kultuurilooline_kollektsioon, lk 48
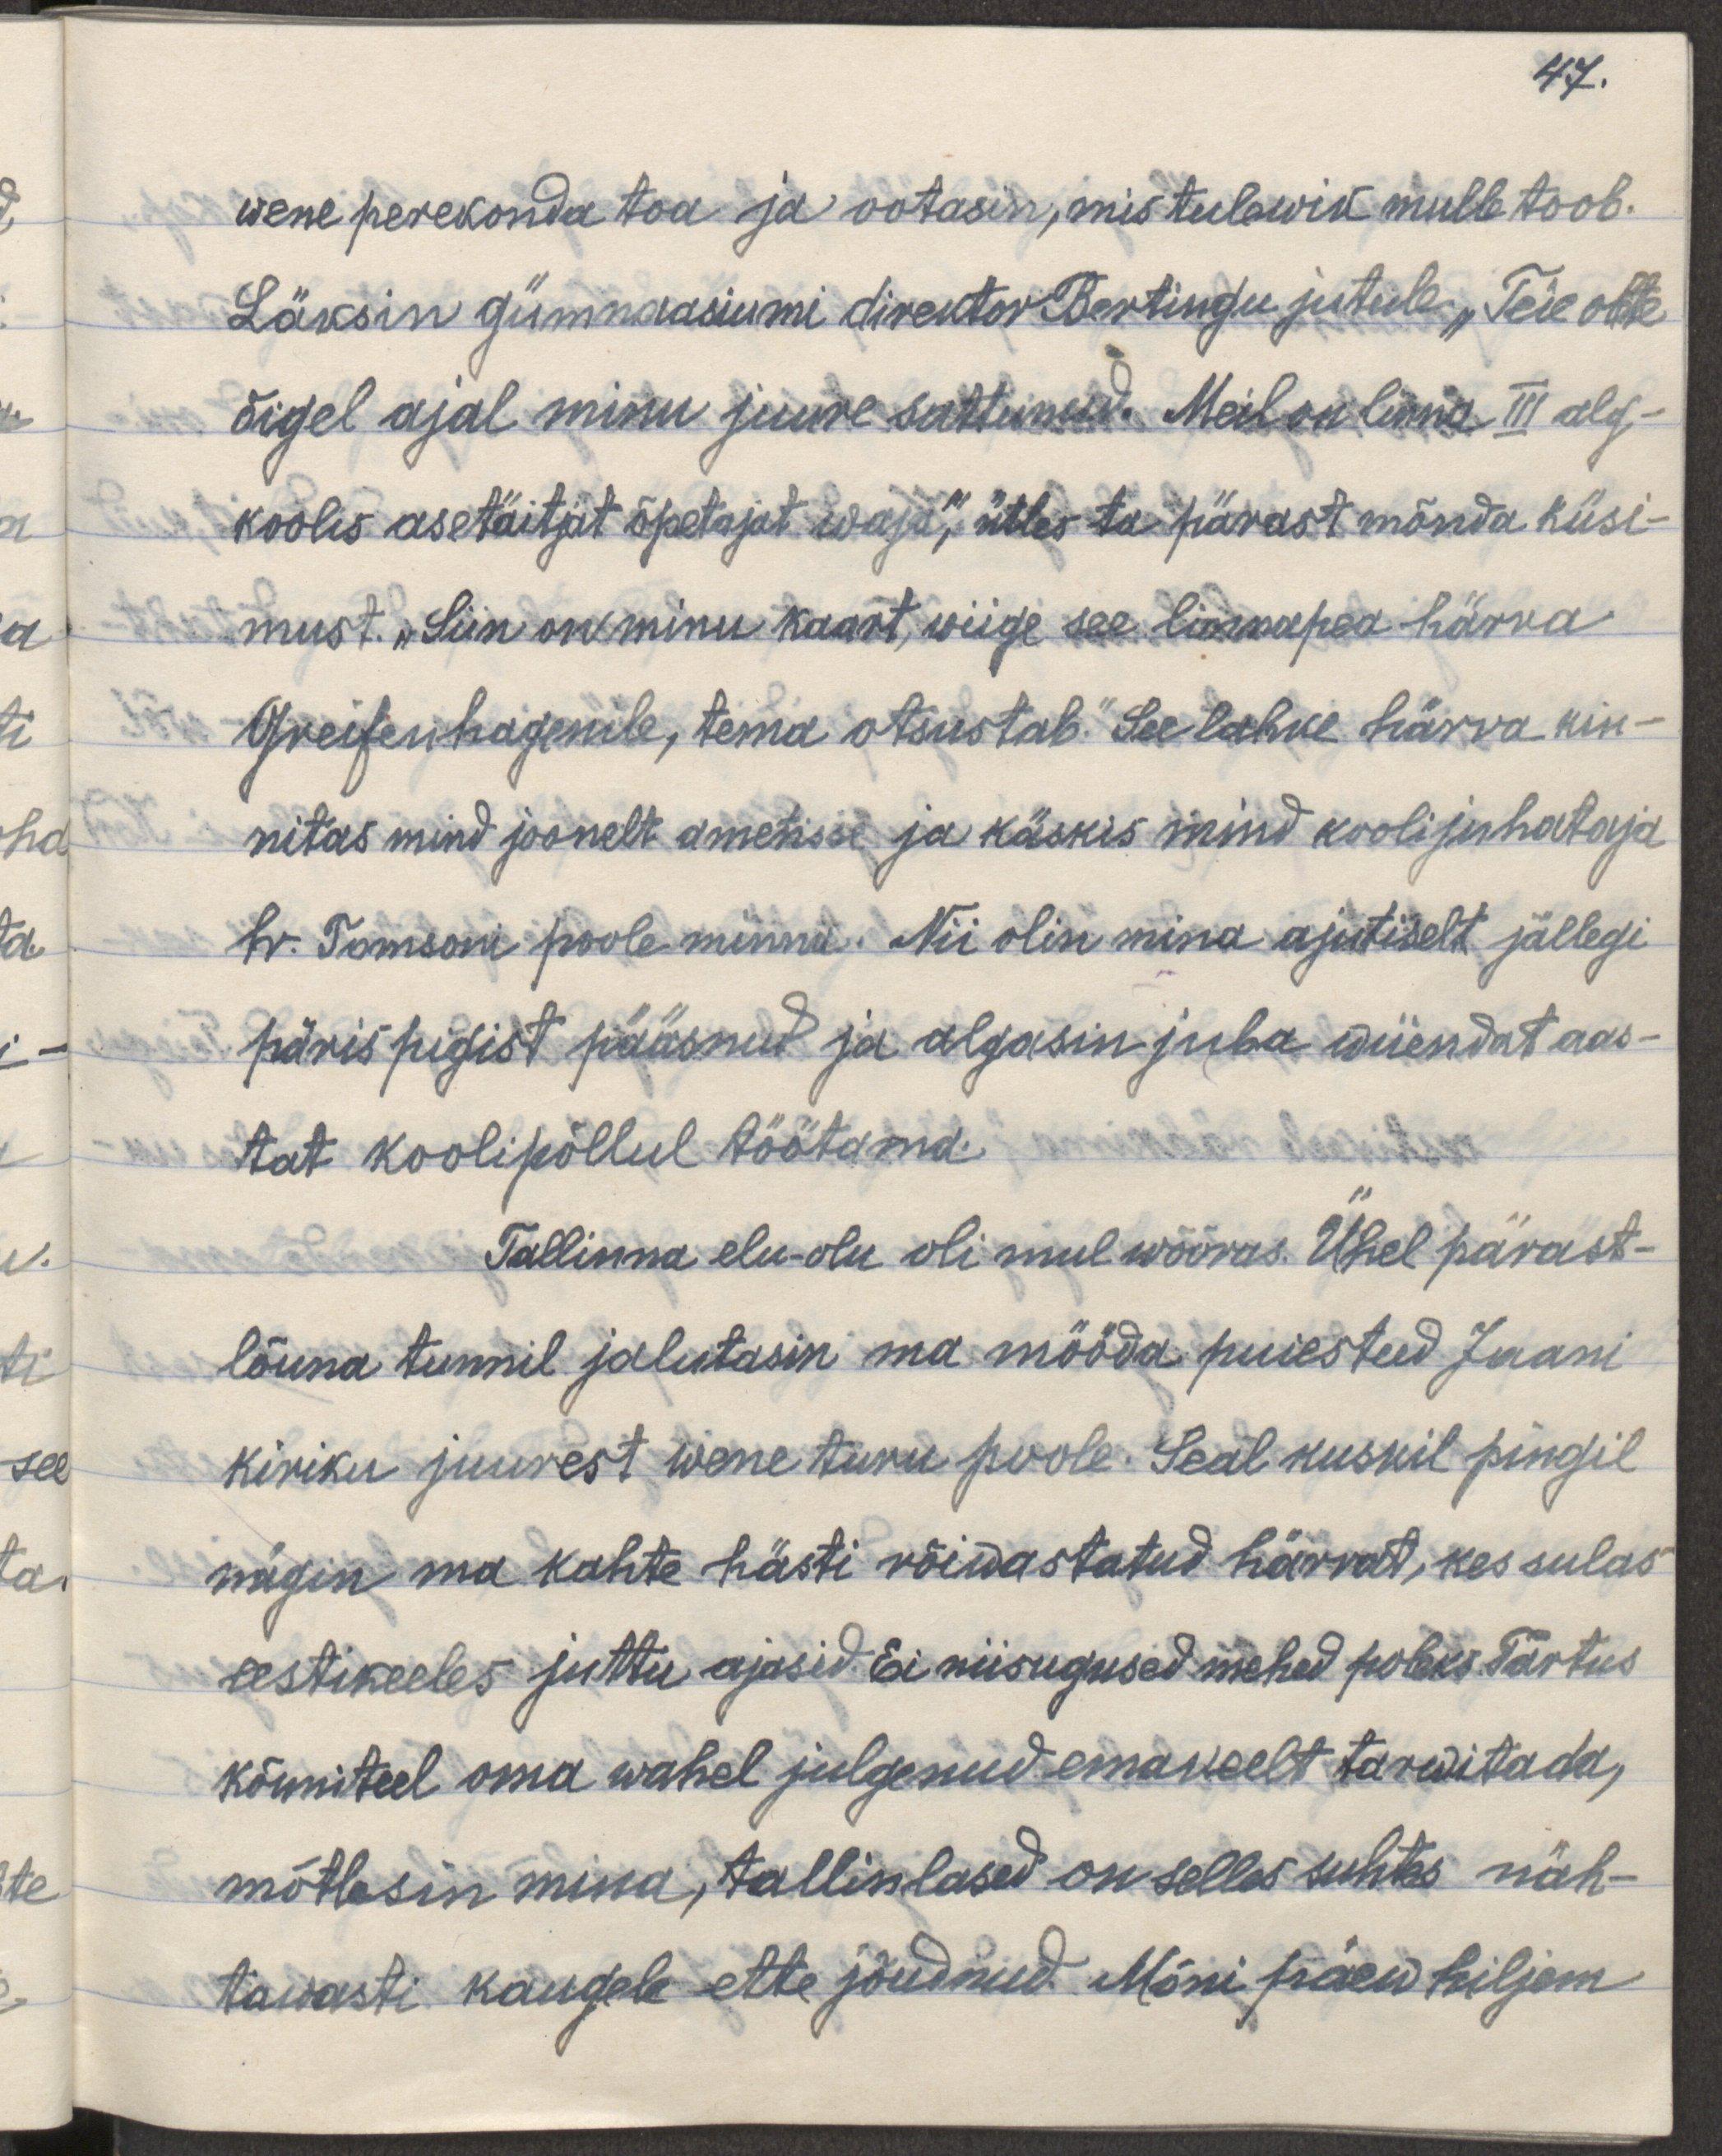
47.
wene perekonda toa ja ootasin, mis tulewik mulle toob.
Läksin gümnaasiumi direktor Bertingu jutule. „Teie olete
õigel ajal minu juurde sattunud. Meil on linna III alg-
koolis asetäitjat õpetajat waja," ütles ta pärast mõnda küsi-
must. „Siin on minu kaart, wiige see linnapea härra
Greifenhagenile, tema otsustab." See lahke härra kin-
nitas mind joonelt ametisse ja käskis mind koolijuhataja
hr. Tomsoni poole minna. Nii olin mina ajutiselt jällegi
päris pigist pääsnud ja algasin juba wiiendat aas-
tat koolipõllul töötama.
Tallinna elu-olu oli mul wõõras. Ühel pärast-
lõuna tunnil jalutasin ma mööda puiesteed Jaani
kiriku juurest wene turu poole. Seal kuskil pingil
nägin ma kahte hästi rõiwastatud härrat, kes sulas
eestikeeles juttu ajasid. Ei niisugused mehed poleks Tartus
kõnniteel oma wahel julgenud emakeelt tarwitada,
mõtlesin mina, tallinlased on selles suhtes näh-
tawasti kaugele ette jõudnud. Mõni päew hiljem